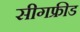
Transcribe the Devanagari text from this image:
सीगफ्रीड